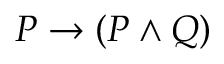
P \to ( P \land Q )